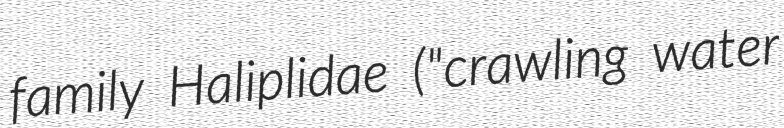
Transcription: family Haliplidae ("crawling water